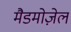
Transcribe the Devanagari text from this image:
मैडमोज़ेल